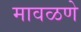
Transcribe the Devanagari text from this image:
मावळणे